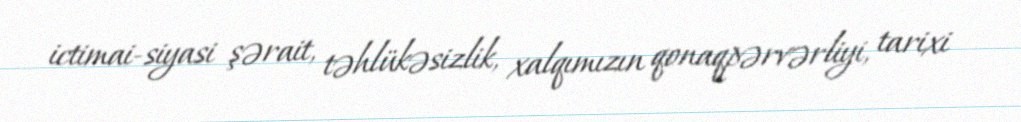
ictimai-siyasi şərait, təhlükəsizlik, xalqımızın qonaqpərvərliyi, tarixi